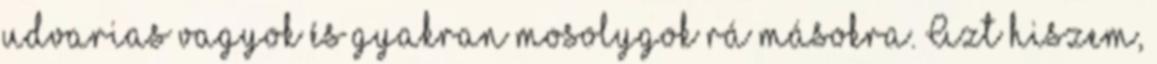
udvarias vagyok és gyakran mosolygok rá másokra. Azt hiszem,